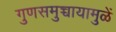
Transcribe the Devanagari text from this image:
गुणसमुच्चायामुळें